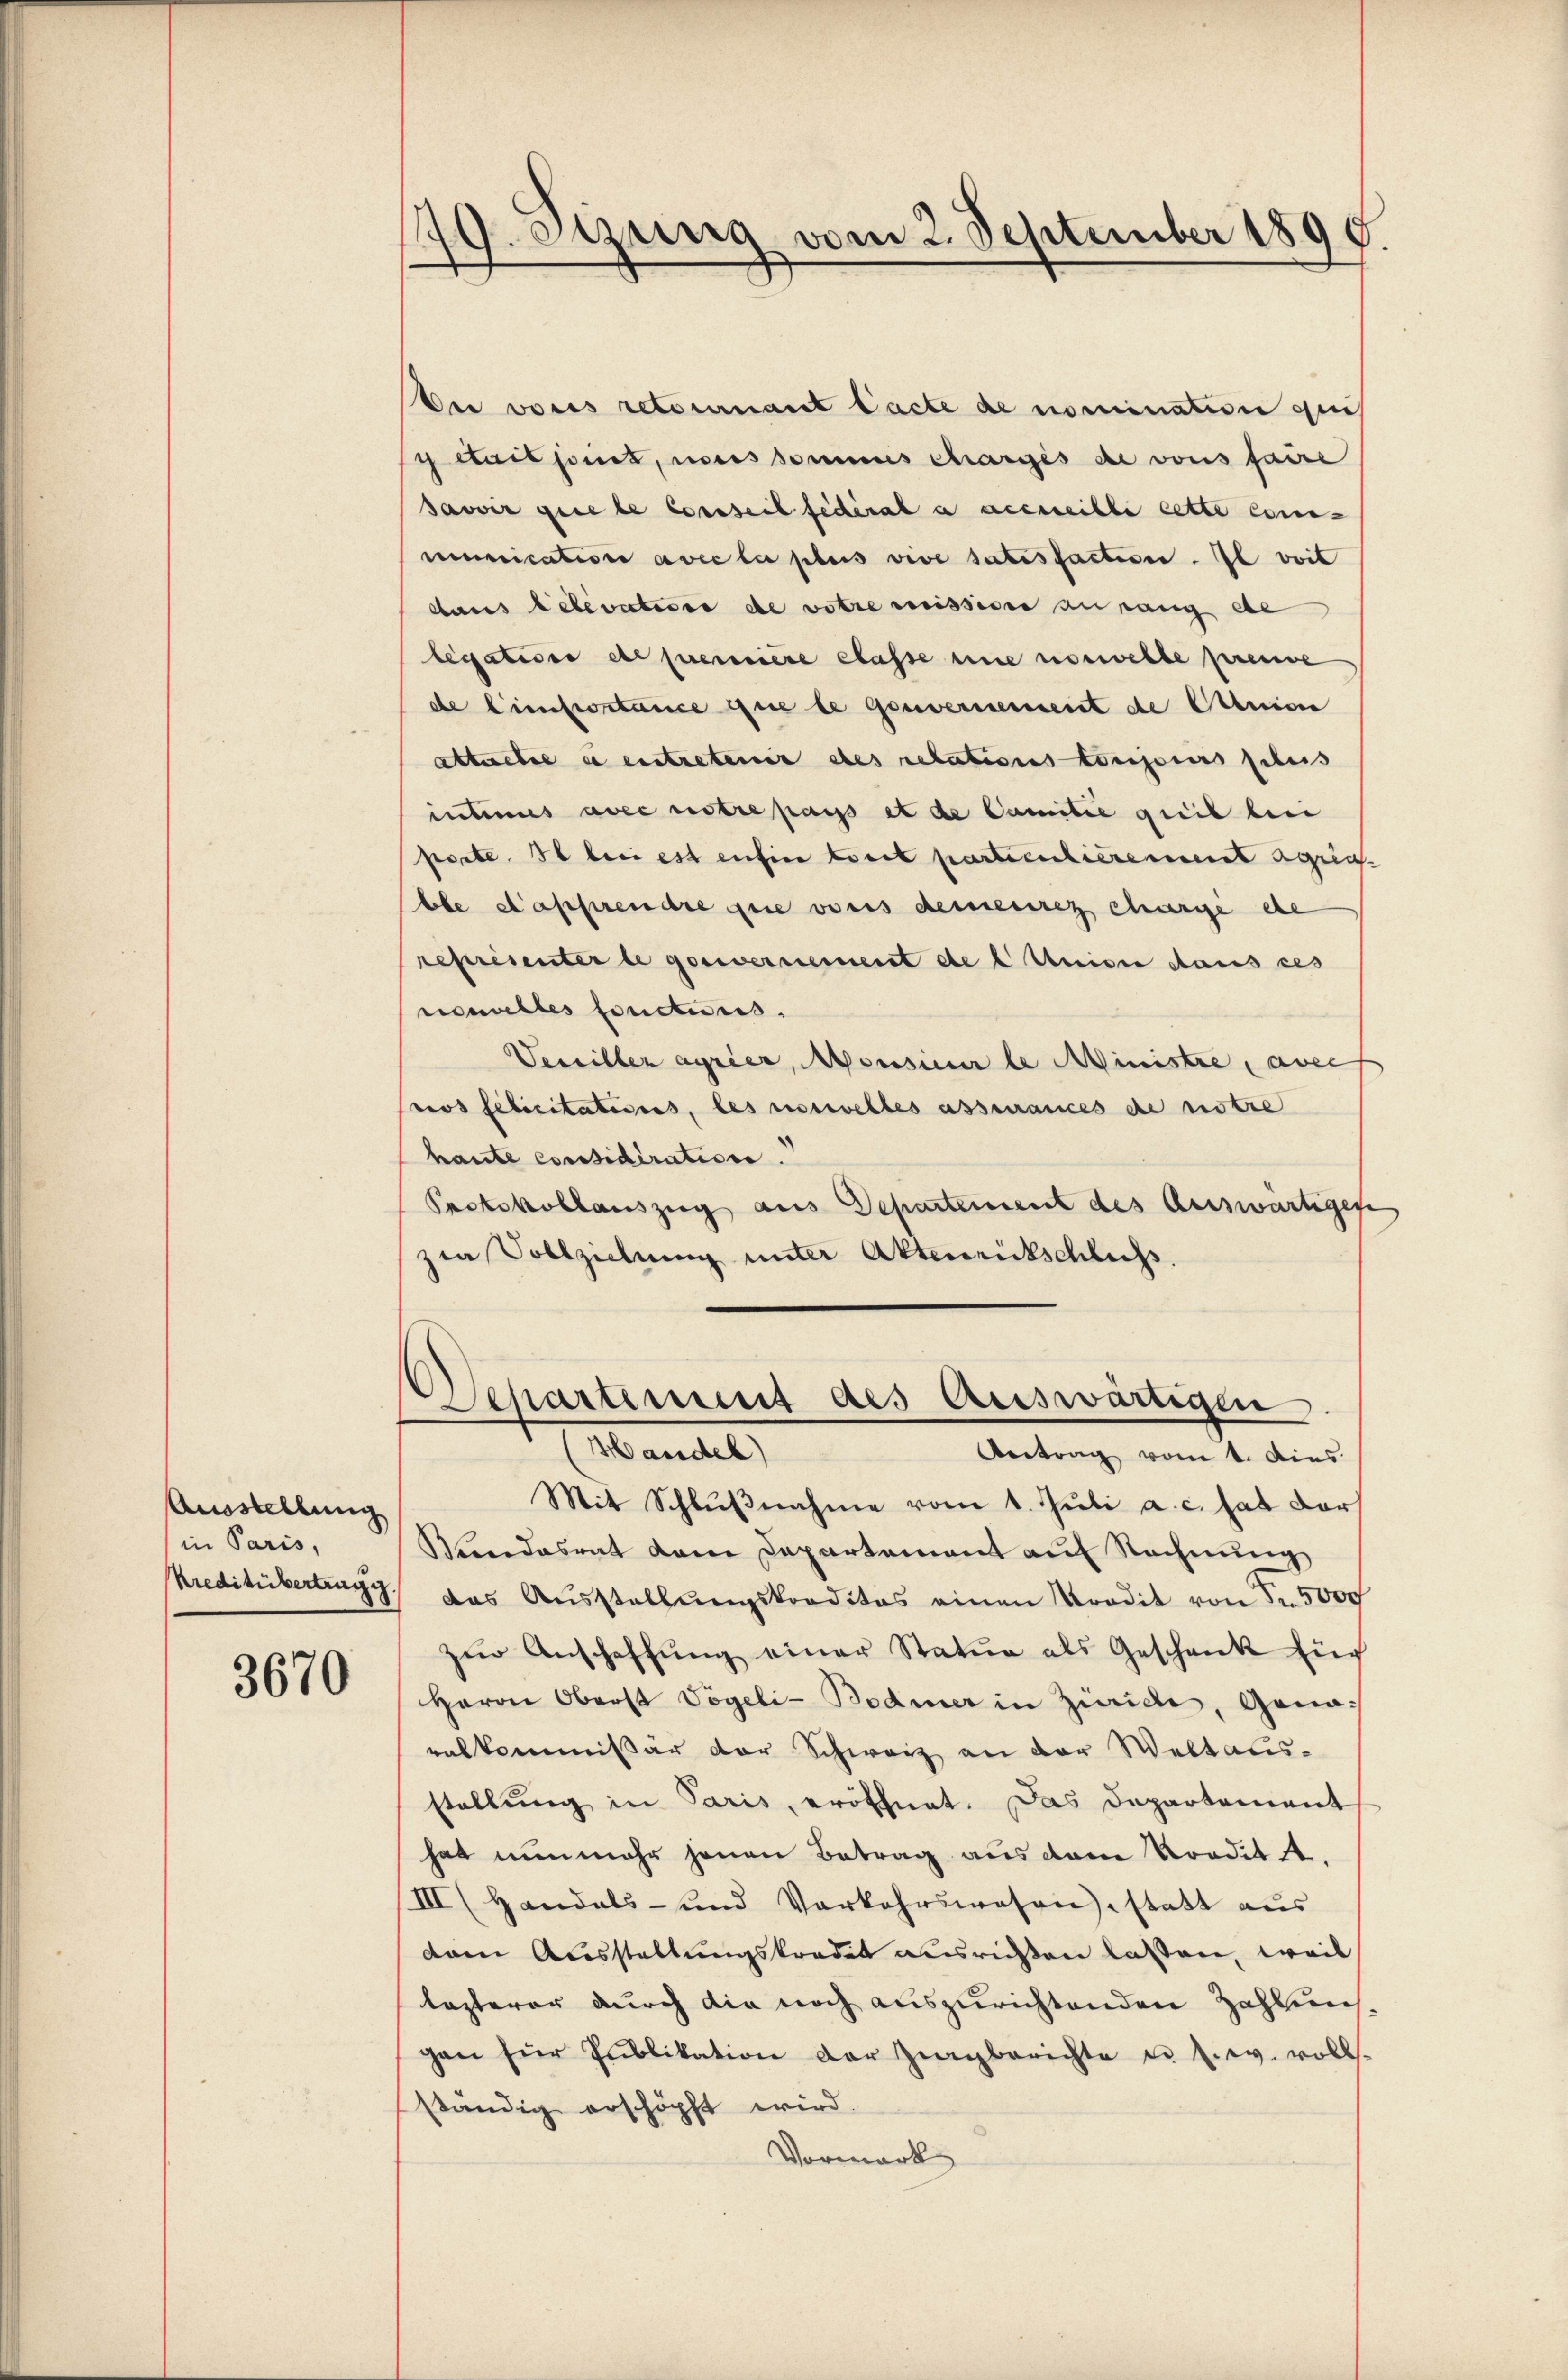
Ausstellung
in Paris,
Kreditübertragg

3670

179. Setzung vom 2. September 1895
.

Der vores retournant lacte de nomination ques
etail soit, nous sommes charges de vons faire
savoir que le conseil fédéral a accueilli cette com-
munication avec la plus vive satisfaction. Il doit
dans lebevertisse de votre missione au rang de
legations et quereiere Classe eine norwelle preuve
de Einfortance que le Gouvernement de Cunion
Atuche es entretenir des relations toujours schus
intimes avec untre pass et de Camilie quit beei
porte. So bei est enhin tout partienticrement agria-
bbe Kapprendre que vonis demeure churige ehe
représenter le gesternement de l Unione dans ces
resseltes fonctures.
Veuiller agrier, Monsieur le Ministre, avec f
rios felicitations, les ustelles assurances de notre
haute considération.
Protokollauszug aus Departement des Auswärtigen
zia Vollziehung unter Aktenrückschluss.

Separtement des Auswärtigen
Handel)

Antrag vom 1. dies
Mit Schlußnahme vom 1. Juli a. c. hat darf
Kundesrat dem Departement auf Rechnung
das Aŭsstellŭngskreditas einen Kredit von Fr. 5000
zŭr Anschaffŭng einer Statua als Geschenk Eig
Herrn Oberst Vögeli-Bodmer in Zürich, Gonaralkommißär der Schweiz an der Weltausstellung in Paris, eröffnet. Das Departement
hat nunmehr jenen Betrag aus dem Norditet,
III (Handels- und Vorkehrswesen, statt aus
dam Ausstellungskredit ausrichten lassen, weil
lezterer durch die noch auszurichtenden Zahlun
gan für Publikation der Zingberichte u. s. w. voll.
ständig erschöpft wird.
Vormark